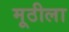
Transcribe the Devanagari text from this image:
मूठीला